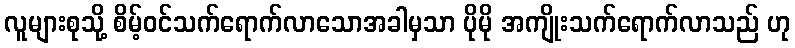
လူများစုသို့ စိမ့်ဝင်သက်ရောက်လာသောအခါမှသာ ပိုမို အကျိုးသက်ရောက်လာသည် ဟု